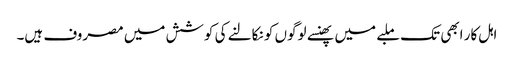
اہل کار ابھی تک ملبے میں پھنسے لوگوں کو نکالنے کی کوشش میں مصروف ہیں۔